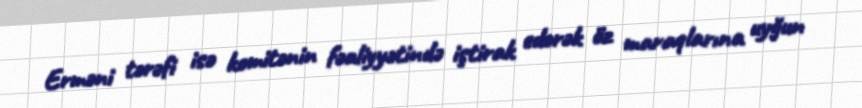
Erməni tərəfi isə komitənin fəaliyyətində iştirak edərək öz maraqlarına uyğun